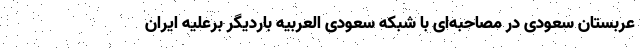
عربستان سعودی در مصاحبه‌ای با شبکه سعودی العربیه باردیگر برعلیه ایران